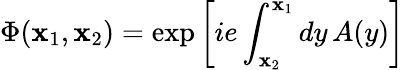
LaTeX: \Phi(\mathbf{x}_{1},\mathbf{x}_{2})=\exp\left[ie\int_{\mathbf{x}_{2}}^{\mathbf{x}_{1}}dy\, A(y)\right]